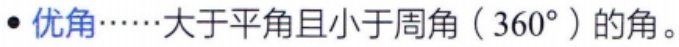
- 优角……大于平角且小于周角（\(360^{\circ}\)）的角。